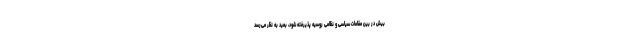
بیش در بین مقامات سیاسی و نظامی روسیه پذیرفته شود، بعید به نظر می‌رسد